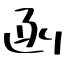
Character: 函